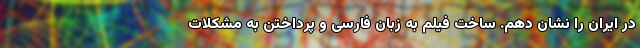
در ایران را نشان دهم. ساخت فیلم به زبان فارسی و پرداختن به مشکلات